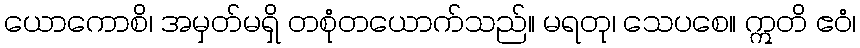
ယောကောစိ၊ အမှတ်မရှိ တစုံတယောက်သည်။ မရတု၊ သေပစေ။ ဣတိ ဧဝံ၊